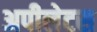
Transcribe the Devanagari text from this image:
अपीलेटस